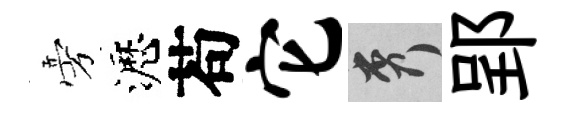
旁瀝苟它秀郢